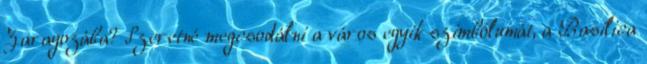
Zaragozába? Szeretné megcsodálni a város egyik szimbólumát, a Basilica